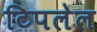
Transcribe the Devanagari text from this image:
टिपलेल